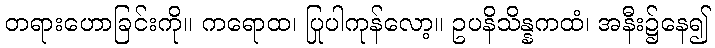
တရားဟောခြင်းကို။ ကရောထ၊ ပြုပါကုန်လော့။ ဥပနိသိန္နကထံ၊ အနီး၌နေ၍